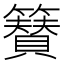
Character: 𮆫